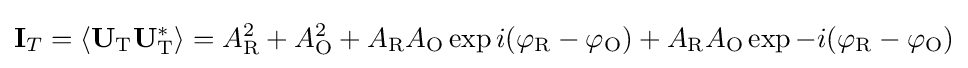
\mathbf {I} _{T}=\left\langle \mathbf {U} _{\text{T}}\mathbf {U} _{\text{T}}^{*}\right\rangle =A_{\text{R}}^{2}+A_{\text{O}}^{2}+A_{\text{R}}A_{\text{O}}\exp {i(\varphi _{\text{R}}-\varphi _{\text{O}})}+A_{\text{R}}A_{\text{O}}\exp {-i(\varphi _{\text{R}}-\varphi _{\text{O}})}